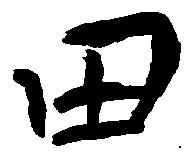
田